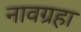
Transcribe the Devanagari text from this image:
नावग्रहा